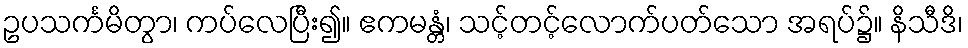
ဥပသင်္ကမိတွာ၊ ကပ်လေပြီး၍။ ဧကမန္တံ၊ သင့်တင့်လောက်ပတ်သော အရပ်၌။ နိသီဒိ၊